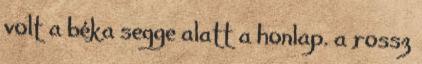
volt a béka segge alatt a honlap. a rossz